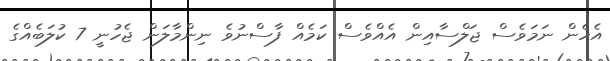
އެހެން ނަމަވެސް ޖަލްސާއިން އެއްވެސް ކަމެއް ފާސްނުވެ ނިންމާލަން ޖެހުނީ 7 ކުލަބެއްގެ